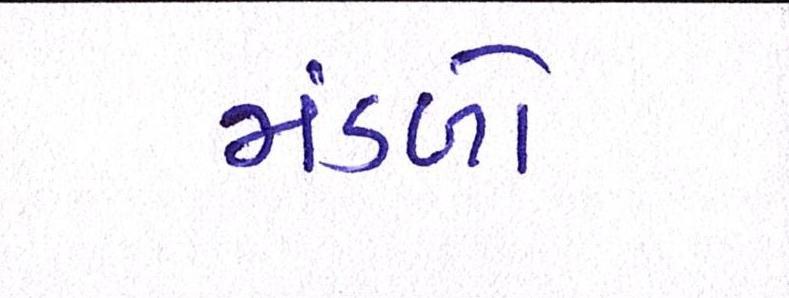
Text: મંડળો